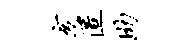
亥匿助